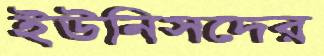
ইউনিসদের